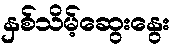
နှစ်သိမ့်ဆွေးနွေး